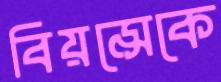
বিয়ন্সেকে